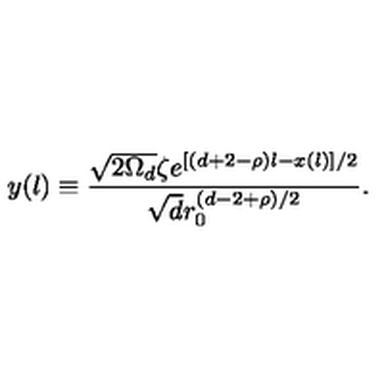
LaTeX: y ( l ) \equiv \frac { \sqrt { 2 \Omega _ { d } } \zeta e ^ { [ ( d + 2 - \rho ) l - x ( l ) ] / 2 } } { \sqrt { d } r _ { 0 } ^ { ( d - 2 + \rho ) / 2 } } .